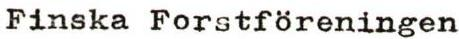
Finska Forstföreningen